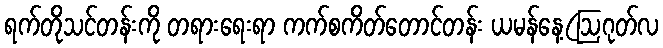
ရက်တိုသင်တန်းကို တရားရေးရာ ကက်စကိတ်တောင်တန်း ယမန်နေ့(ဩဂုတ်လ